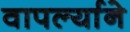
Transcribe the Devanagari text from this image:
वापर्ल्याने